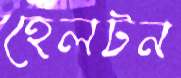
হেলটন